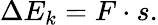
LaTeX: \Delta E_{k}=F\cdot s.